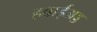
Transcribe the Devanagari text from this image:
हवाईअड्ड